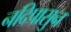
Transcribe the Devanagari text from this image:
नदिपासुन